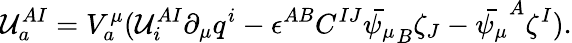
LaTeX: {\cal U}_{a}^{AI}=V_{a}^{\mu}({\cal U}_{i}^{AI}\partial_{\mu}q^{i}-\epsilon^{AB}C^{IJ}\bar{\psi_{\mu}}_{B}\zeta_{J}-\bar{\psi_{\mu}}^{A}\zeta^{I}).